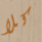
كلا